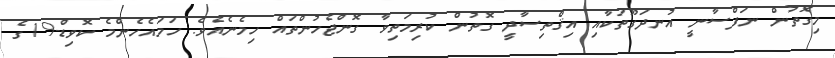
މިގޮތުން ނަފްސާނީ އުނދަގޫތަކާއި އިޤްތިސާދީ ގޮތުން ކުރިމަތިވާ ގޮންޖެހުންތައް ހިމެނެއެވެ. ހަމައެހެންމެ ކޮވިޑް-19ގެ